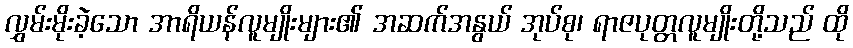
လွှမ်းမိုးခဲ့သော အာရိယန်လူမျိုးများ၏ အဆက်အနွယ် အုပ်စု၊ ရာဇပုတ္တလူမျိုးတို့သည် ထို